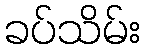
ခပ်သိမ်း